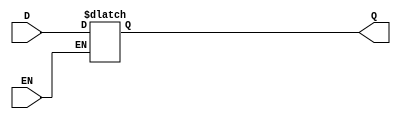
`timescale 1ns / 1ps
//////////////////////////////////////////////////////////////////////////////////
// Company: 
// Engineer: 
// 
// Design Name: 
// Module Name:    lab81v 
// Project Name: 
// Target Devices: 
// Tool versions: 
// Description: 
//
// Dependencies: 
//
// Revision: 
// Revision 0.01 - File Created
// Additional Comments: 
//
//////////////////////////////////////////////////////////////////////////////////
module lab81v(input EN, D, output reg Q);
always @(EN or D)
begin
if (EN)
Q = D;
end
endmodule
module v_DFF_1 (input C, D,
output reg Q);
always @(posedge C)
Q <= D;
endmodule
module v_DFF_2 (input C, D,
output reg Q);
always @(negedge C)
Q <= D;
endmodule